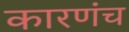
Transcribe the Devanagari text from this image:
कारणंच